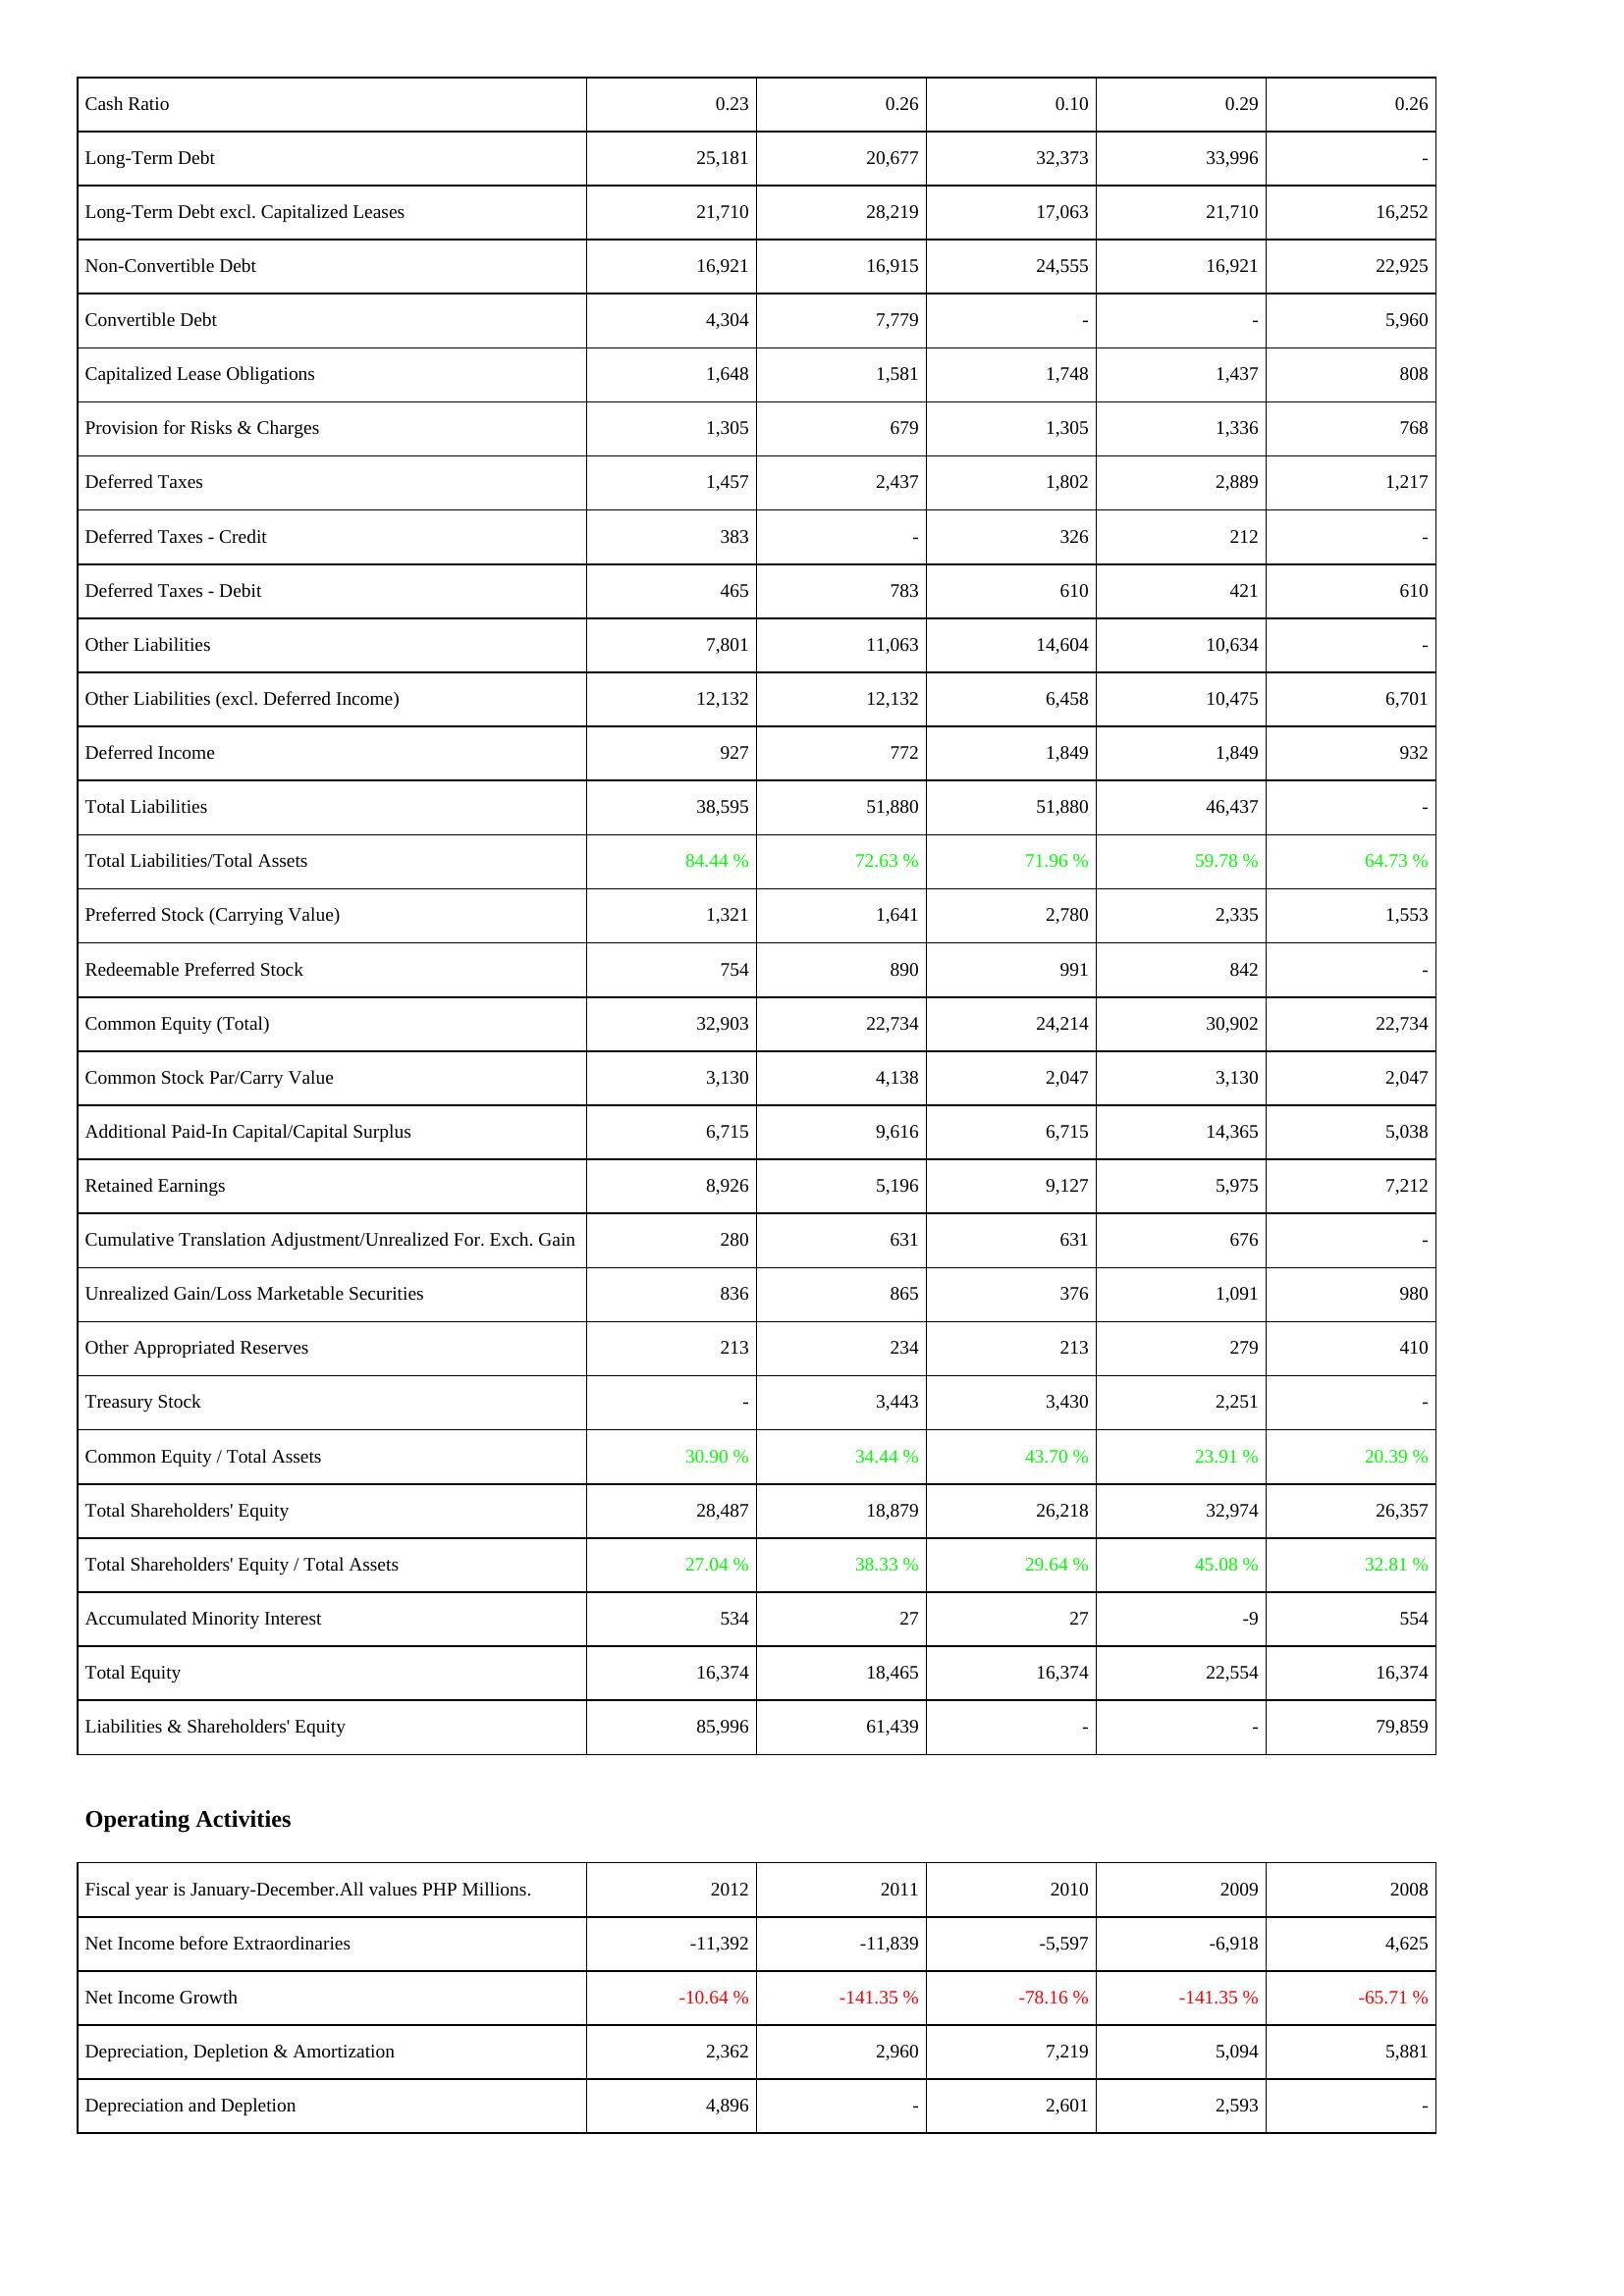
2012: Liabilities & Shareholders' Equity: Cash Ratio: 0.23
Long-Term Debt: 25,181
Long-Term Debt excl. Capitalized Leases: 21,710
Non-Convertible Debt: 16,921
Convertible Debt: 4,304
Capitalized Lease Obligations: 1,648
Provision for Risks & Charges: 1,305
Deferred Taxes: 1,457
Deferred Taxes - Credit: 383
Deferred Taxes - Debit: 465
Other Liabilities: 7,801
Other Liabilities (excl. Deferred Income): 12,132
Deferred Income: 927
Total Liabilities: 38,595
Total Liabilities/Total Assets: 84.44 %
Preferred Stock (Carrying Value): 1,321
Redeemable Preferred Stock: 754
Common Equity (Total): 32,903
Common Stock Par/Carry Value: 3,130
Additional Paid-In Capital/Capital Surplus: 6,715
Retained Earnings: 8,926
Cumulative Translation Adjustment/Unrealized For. Exch. Gain: 280
Unrealized Gain/Loss Marketable Securities: 836
Other Appropriated Reserves: 213
Treasury Stock: -
Common Equity / Total Assets: 30.90 %
Total Shareholders' Equity: 28,487
Total Shareholders' Equity / Total Assets: 27.04 %
Accumulated Minority Interest: 534
Total Equity: 16,374
Liabilities & Shareholders' Equity: 85,996
Operating Activities: Net Income before Extraordinaries: -11,392
Net Income Growth: -10.64 %
Depreciation, Depletion & Amortization: 2,362
Depreciation and Depletion: 4,896
2011: Liabilities & Shareholders' Equity: Cash Ratio: 0.26
Long-Term Debt: 20,677
Long-Term Debt excl. Capitalized Leases: 28,219
Non-Convertible Debt: 16,915
Convertible Debt: 7,779
Capitalized Lease Obligations: 1,581
Provision for Risks & Charges: 679
Deferred Taxes: 2,437
Deferred Taxes - Credit: -
Deferred Taxes - Debit: 783
Other Liabilities: 11,063
Other Liabilities (excl. Deferred Income): 12,132
Deferred Income: 772
Total Liabilities: 51,880
Total Liabilities/Total Assets: 72.63 %
Preferred Stock (Carrying Value): 1,641
Redeemable Preferred Stock: 890
Common Equity (Total): 22,734
Common Stock Par/Carry Value: 4,138
Additional Paid-In Capital/Capital Surplus: 9,616
Retained Earnings: 5,196
Cumulative Translation Adjustment/Unrealized For. Exch. Gain: 631
Unrealized Gain/Loss Marketable Securities: 865
Other Appropriated Reserves: 234
Treasury Stock: 3,443
Common Equity / Total Assets: 34.44 %
Total Shareholders' Equity: 18,879
Total Shareholders' Equity / Total Assets: 38.33 %
Accumulated Minority Interest: 27
Total Equity: 18,465
Liabilities & Shareholders' Equity: 61,439
Operating Activities: Net Income before Extraordinaries: -11,839
Net Income Growth: -141.35 %
Depreciation, Depletion & Amortization: 2,960
Depreciation and Depletion: -
2010: Liabilities & Shareholders' Equity: Cash Ratio: 0.10
Long-Term Debt: 32,373
Long-Term Debt excl. Capitalized Leases: 17,063
Non-Convertible Debt: 24,555
Convertible Debt: -
Capitalized Lease Obligations: 1,748
Provision for Risks & Charges: 1,305
Deferred Taxes: 1,802
Deferred Taxes - Credit: 326
Deferred Taxes - Debit: 610
Other Liabilities: 14,604
Other Liabilities (excl. Deferred Income): 6,458
Deferred Income: 1,849
Total Liabilities: 51,880
Total Liabilities/Total Assets: 71.96 %
Preferred Stock (Carrying Value): 2,780
Redeemable Preferred Stock: 991
Common Equity (Total): 24,214
Common Stock Par/Carry Value: 2,047
Additional Paid-In Capital/Capital Surplus: 6,715
Retained Earnings: 9,127
Cumulative Translation Adjustment/Unrealized For. Exch. Gain: 631
Unrealized Gain/Loss Marketable Securities: 376
Other Appropriated Reserves: 213
Treasury Stock: 3,430
Common Equity / Total Assets: 43.70 %
Total Shareholders' Equity: 26,218
Total Shareholders' Equity / Total Assets: 29.64 %
Accumulated Minority Interest: 27
Total Equity: 16,374
Liabilities & Shareholders' Equity: -
Operating Activities: Net Income before Extraordinaries: -5,597
Net Income Growth: -78.16 %
Depreciation, Depletion & Amortization: 7,219
Depreciation and Depletion: 2,601
2009: Liabilities & Shareholders' Equity: Cash Ratio: 0.29
Long-Term Debt: 33,996
Long-Term Debt excl. Capitalized Leases: 21,710
Non-Convertible Debt: 16,921
Convertible Debt: -
Capitalized Lease Obligations: 1,437
Provision for Risks & Charges: 1,336
Deferred Taxes: 2,889
Deferred Taxes - Credit: 212
Deferred Taxes - Debit: 421
Other Liabilities: 10,634
Other Liabilities (excl. Deferred Income): 10,475
Deferred Income: 1,849
Total Liabilities: 46,437
Total Liabilities/Total Assets: 59.78 %
Preferred Stock (Carrying Value): 2,335
Redeemable Preferred Stock: 842
Common Equity (Total): 30,902
Common Stock Par/Carry Value: 3,130
Additional Paid-In Capital/Capital Surplus: 14,365
Retained Earnings: 5,975
Cumulative Translation Adjustment/Unrealized For. Exch. Gain: 676
Unrealized Gain/Loss Marketable Securities: 1,091
Other Appropriated Reserves: 279
Treasury Stock: 2,251
Common Equity / Total Assets: 23.91 %
Total Shareholders' Equity: 32,974
Total Shareholders' Equity / Total Assets: 45.08 %
Accumulated Minority Interest: -9
Total Equity: 22,554
Liabilities & Shareholders' Equity: -
Operating Activities: Net Income before Extraordinaries: -6,918
Net Income Growth: -141.35 %
Depreciation, Depletion & Amortization: 5,094
Depreciation and Depletion: 2,593
2008: Liabilities & Shareholders' Equity: Cash Ratio: 0.26
Long-Term Debt: -
Long-Term Debt excl. Capitalized Leases: 16,252
Non-Convertible Debt: 22,925
Convertible Debt: 5,960
Capitalized Lease Obligations: 808
Provision for Risks & Charges: 768
Deferred Taxes: 1,217
Deferred Taxes - Credit: -
Deferred Taxes - Debit: 610
Other Liabilities: -
Other Liabilities (excl. Deferred Income): 6,701
Deferred Income: 932
Total Liabilities: -
Total Liabilities/Total Assets: 64.73 %
Preferred Stock (Carrying Value): 1,553
Redeemable Preferred Stock: -
Common Equity (Total): 22,734
Common Stock Par/Carry Value: 2,047
Additional Paid-In Capital/Capital Surplus: 5,038
Retained Earnings: 7,212
Cumulative Translation Adjustment/Unrealized For. Exch. Gain: -
Unrealized Gain/Loss Marketable Securities: 980
Other Appropriated Reserves: 410
Treasury Stock: -
Common Equity / Total Assets: 20.39 %
Total Shareholders' Equity: 26,357
Total Shareholders' Equity / Total Assets: 32.81 %
Accumulated Minority Interest: 554
Total Equity: 16,374
Liabilities & Shareholders' Equity: 79,859
Operating Activities: Net Income before Extraordinaries: 4,625
Net Income Growth: -65.71 %
Depreciation, Depletion & Amortization: 5,881
Depreciation and Depletion: -